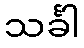
သင်္ခါ